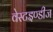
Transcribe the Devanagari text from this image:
वेस्टइण्डीज